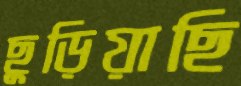
ছুড়িয়াছি